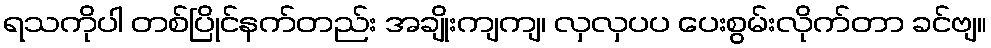
ရသကိုပါ တစ်ပြိုင်နက်တည်း အချိုးကျကျ၊ လှလှပပ ပေးစွမ်းလိုက်တာ ခင်ဗျ။